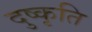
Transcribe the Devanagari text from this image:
दुष्कृति